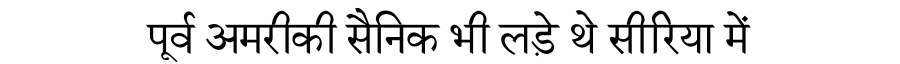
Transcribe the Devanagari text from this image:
पूर्व अमरीकी सैनिक भी लड़े थे सीरिया में